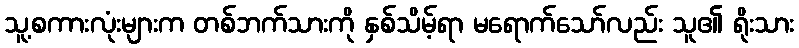
သူ့စကားလုံးများက တစ်ဘက်သားကို နှစ်သိမ့်ရာ မရောက်သော်လည်း သူ၏ ရိုးသား